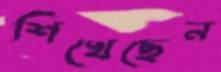
শিখেছেন